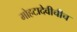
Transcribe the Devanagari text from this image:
मोहटादेवीचीच